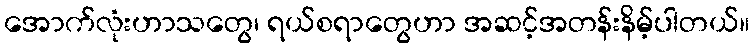
အောက်လုံးဟာသတွေ၊ ရယ်စရာတွေဟာ အဆင့်အတန်းနိမ့်ပါတယ်။